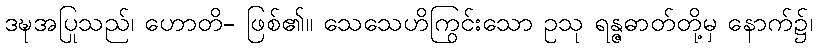
ဒဍ္ဎအပြုသည်၊ ဟောတိ- ဖြစ်၏။ သေသေဟိကြွင်းသော ဥသု ရန္ဇဓာတ်တို့မှ နောက်၌၊